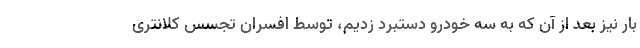
بار نیز بعد از آن که به سه خودرو دستبرد زدیم، توسط افسران تجسس کلانتری